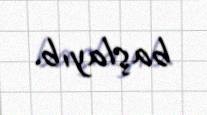
başlayıb.